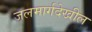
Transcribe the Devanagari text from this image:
जलमार्गदेखील